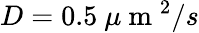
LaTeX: D=0.5~\mu\mathrm{~m~}^{2}/s